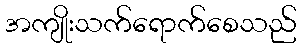
အကျိုးသက်ရောက်စေသည်